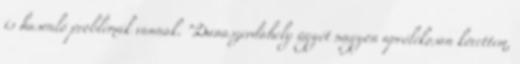
is hasonló problémák vannak. "Dunaszerdahely ügyét nagyon aprólékosan követtem,